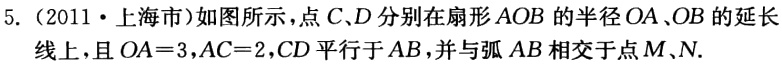
5.（2011·上海市）如图所示，点\(C、D\)分别在扇形\(AOB\)的半径\(OA、OB\)的延长

线上，且\(OA = 3\)，\(AC = 2\)，\(CD\)平行于\(AB\)，并与弧\(AB\)相交于点\(M、N\).